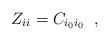
LaTeX: \begin{align*}Z_{ii} = C_{i_0 i_0} \;\; ,\end{align*}